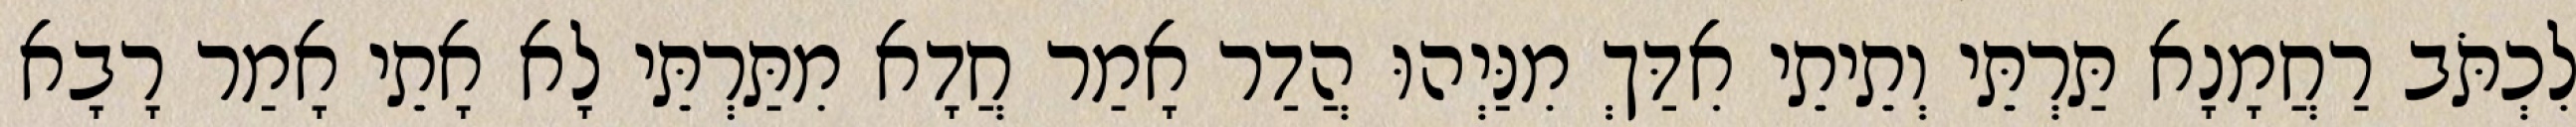
לִכְתֹּב רַחֲמָנָא תַּרְתֵּי וְתֵיתֵי אִדַּךְ מִנַּיְהוּ הֲדַר אָמַר חֲדָא מִתַּרְתֵּי לָא אָתֵי אָמַר רָבָא